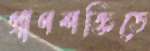
প্রাণশক্তিতে